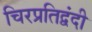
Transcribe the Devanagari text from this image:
चिरप्रतिद्वंदी